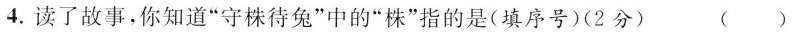
4.读了故事，你知道”守株待兔”中的”株”指的是(填序号)(2分) ( )